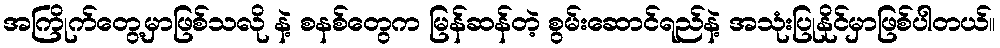
အကြိုက်တွေ့မှာဖြစ်သလို နဲ့ စနစ်တွေက မြန်ဆန်တဲ့ စွမ်းဆောင်ရည်နဲ့ အသုံးပြုနိုင်မှာဖြစ်ပါတယ်။